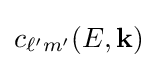
c_{\ell 'm'}(E,{\bf {k}})